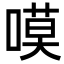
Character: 嗼